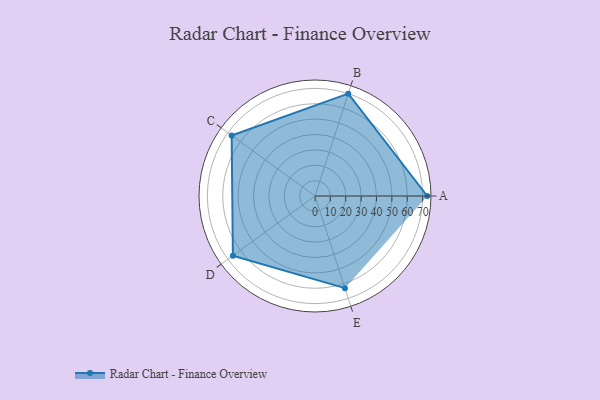
{"axis": {"x": "Skill", "y": "Score"}, "legend": ["Profile"], "data": [{"x": "A", "y": 73.0, "type": "Profile"}, {"x": "B", "y": 70.0, "type": "Profile"}, {"x": "C", "y": 67.0, "type": "Profile"}, {"x": "D", "y": 66.0, "type": "Profile"}, {"x": "E", "y": 63.0, "type": "Profile"}]}